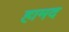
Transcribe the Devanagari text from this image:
हामद